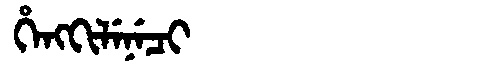
Manchu: ᡥᡝᠩᡴᡳᠯᡝᠨᡝᠴᡳ
Romanization: HENGKILENECI